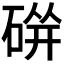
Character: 𱴓